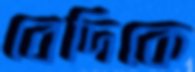
বেদিকে